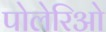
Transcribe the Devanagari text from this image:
पोलेरिओ